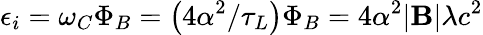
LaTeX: \epsilon_{i}=\omega_{C}\Phi_{B}=\left(4\alpha^{2}/\tau_{L}\right)\Phi_{B}=4\alpha^{2}|\textbf{B}|\lambda c^{2}